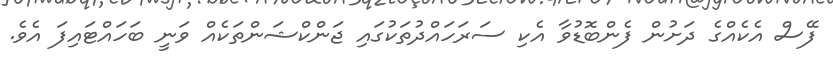
ފޭސް އެކެއްގެ ދަށުން ފެންބޮޑުވާ އެކި ސަރަހައްދުތަކުގައި ޖަންކްޝަންތަކެއް ވަނީ ބަހައްޓައިފަ އެވެ.